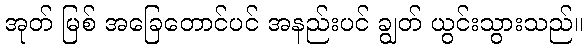
အုတ် မြစ် အခြေတောင်ပင် အနည်းပင် ချွတ် ယွင်းသွားသည်။